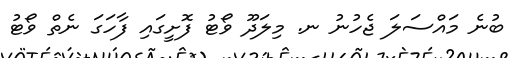
ބުނެ މައްސަލަ ޖެހުނު ނ. މިލަދޫ ވޯޓު ފޮށީގައި ފާހަގަ ނެތް ވޯޓު